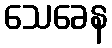
သေခေန